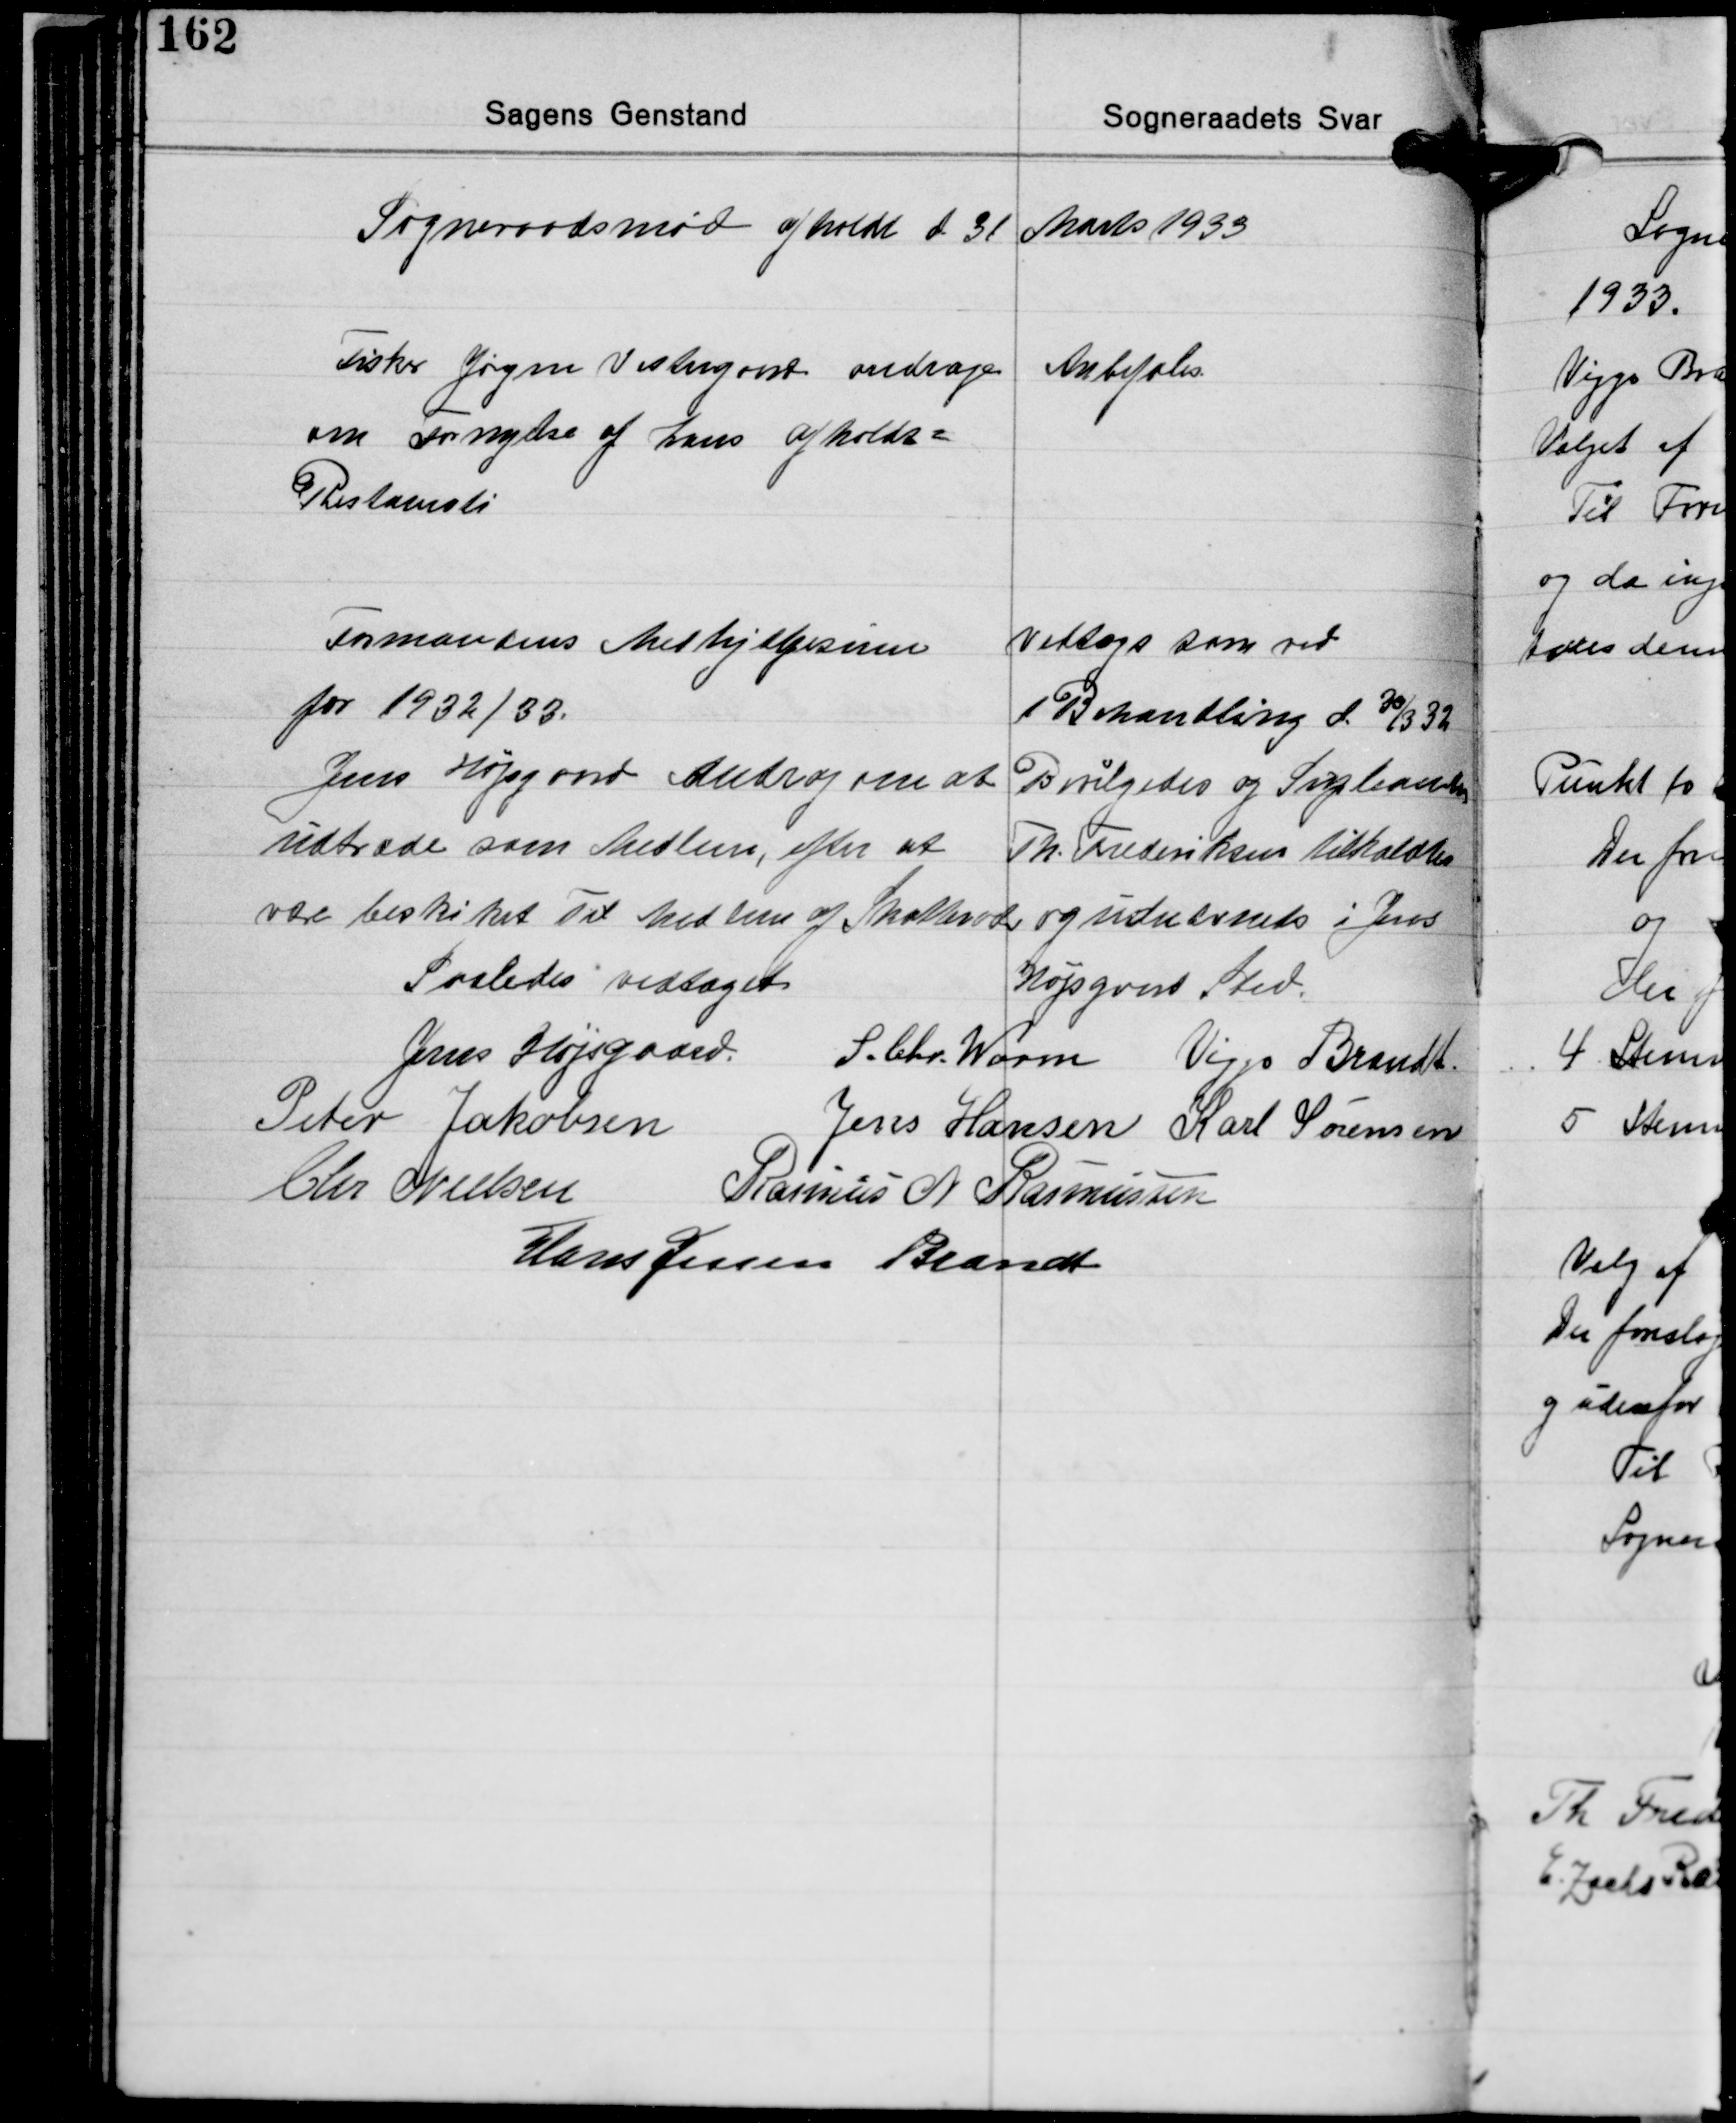
Transskription:
Sogneraadsmøde afholdt d 31 Marts 1933

Fisker Jøgen Vestergaard andrager
om Fornylse af hans afholds-
Restauati

Anbefales

Formandens Medhjælpsum
for 1932/33.
Jens Højsgaard Androg om at
udtræde som Medlem, efter at
var beskiket til Medlem af Skatteraadet

Vedtogs som ved
1 Behandling d 30/3 32
Bevilgedes og Supleanten
Th. Frederiksen tilkaldtes
og udnævnets i Jens
Højsgaards Sted.

Saaledes vedtaget

Jens Højsgaard S. Chr. Worm Viggo Brandt
Peter Jakobsen
Jens Hansen Karl Sørensen
Chr. Nielsen Rasmus N. Rasmussen
Hans Jessen Brandt